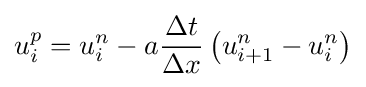
u_{i}^{p}=u_{i}^{n}-a{\frac {\Delta t}{\Delta x}}\left(u_{i+1}^{n}-u_{i}^{n}\right)